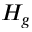
H _ { g }